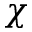
\chi